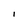
Character: I